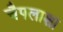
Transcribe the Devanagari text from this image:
चैपलाशा